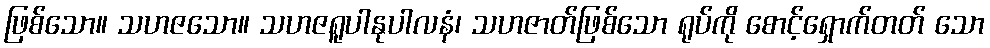
ဖြစ်သော။ သဟဇသော။ သဟဇရူပါနုပါလနံ၊ သဟဇာတ်ဖြစ်သော ရုပ်ကို စောင့်ရှောက်တတ် သော